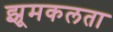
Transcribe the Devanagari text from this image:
झूमकलता